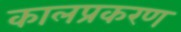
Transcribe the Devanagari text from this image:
कालप्रकरण